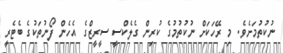
ނުކުތުމަށެވެ. މި ރޭހަކަށް ނުކުތުމުގެ ކުރިން ގެލެކްސީ ސީރީޒްގެ އެހެން ފޯނުތަކުގެ ބެޓެރީ